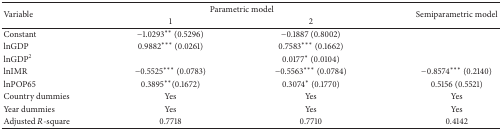
<table><thead><tr><td rowspan="2"><b>Variable</b></td><td colspan="2"><b>Parametric model</b></td><td rowspan="2"><b>Semiparametric model</b></td></tr><tr><td><b> 1</b></td><td><b> 2</b></td></tr></thead><tbody><tr><td>Constant</td><td>−1.0293** (0.5296)</td><td>−0.1887 (0.8002)</td><td> </td></tr><tr><td>lnGDP</td><td> 0.9882*** (0.0261)</td><td>0.7583*** (0.1662)</td><td> </td></tr><tr><td>lnGDP<sup>2</sup></td><td> </td><td> 0.0177* (0.0104)</td><td> </td></tr><tr><td>lnIMR</td><td>−0.5525*** (0.0783)</td><td>−0.5563*** (0.0784)</td><td>−0.8574*** (0.2140)</td></tr><tr><td>lnPOP65</td><td> 0.3895**(0.1672)</td><td> 0.3074* (0.1770)</td><td>0.5156 (0.5521)</td></tr><tr><td>Country dummies</td><td> Yes</td><td> Yes</td><td> Yes</td></tr><tr><td>Year dummies</td><td> Yes</td><td> Yes</td><td> Yes</td></tr><tr><td>Adjusted <i>R</i>-square</td><td> 0.7718</td><td> 0.7710</td><td> 0.4142</td></tr></tbody></table>